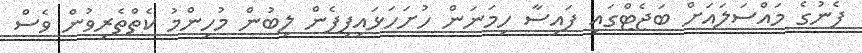
ފެނުގެ މައްސަލައަށް ބަޖެޓްގައި ފައިސާ ހިމަނަން ހުށަހަޅައިފިފެން ލިބުން މުހިންމު ކެތްތެރިވުން ވެސް